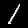
Label: 1